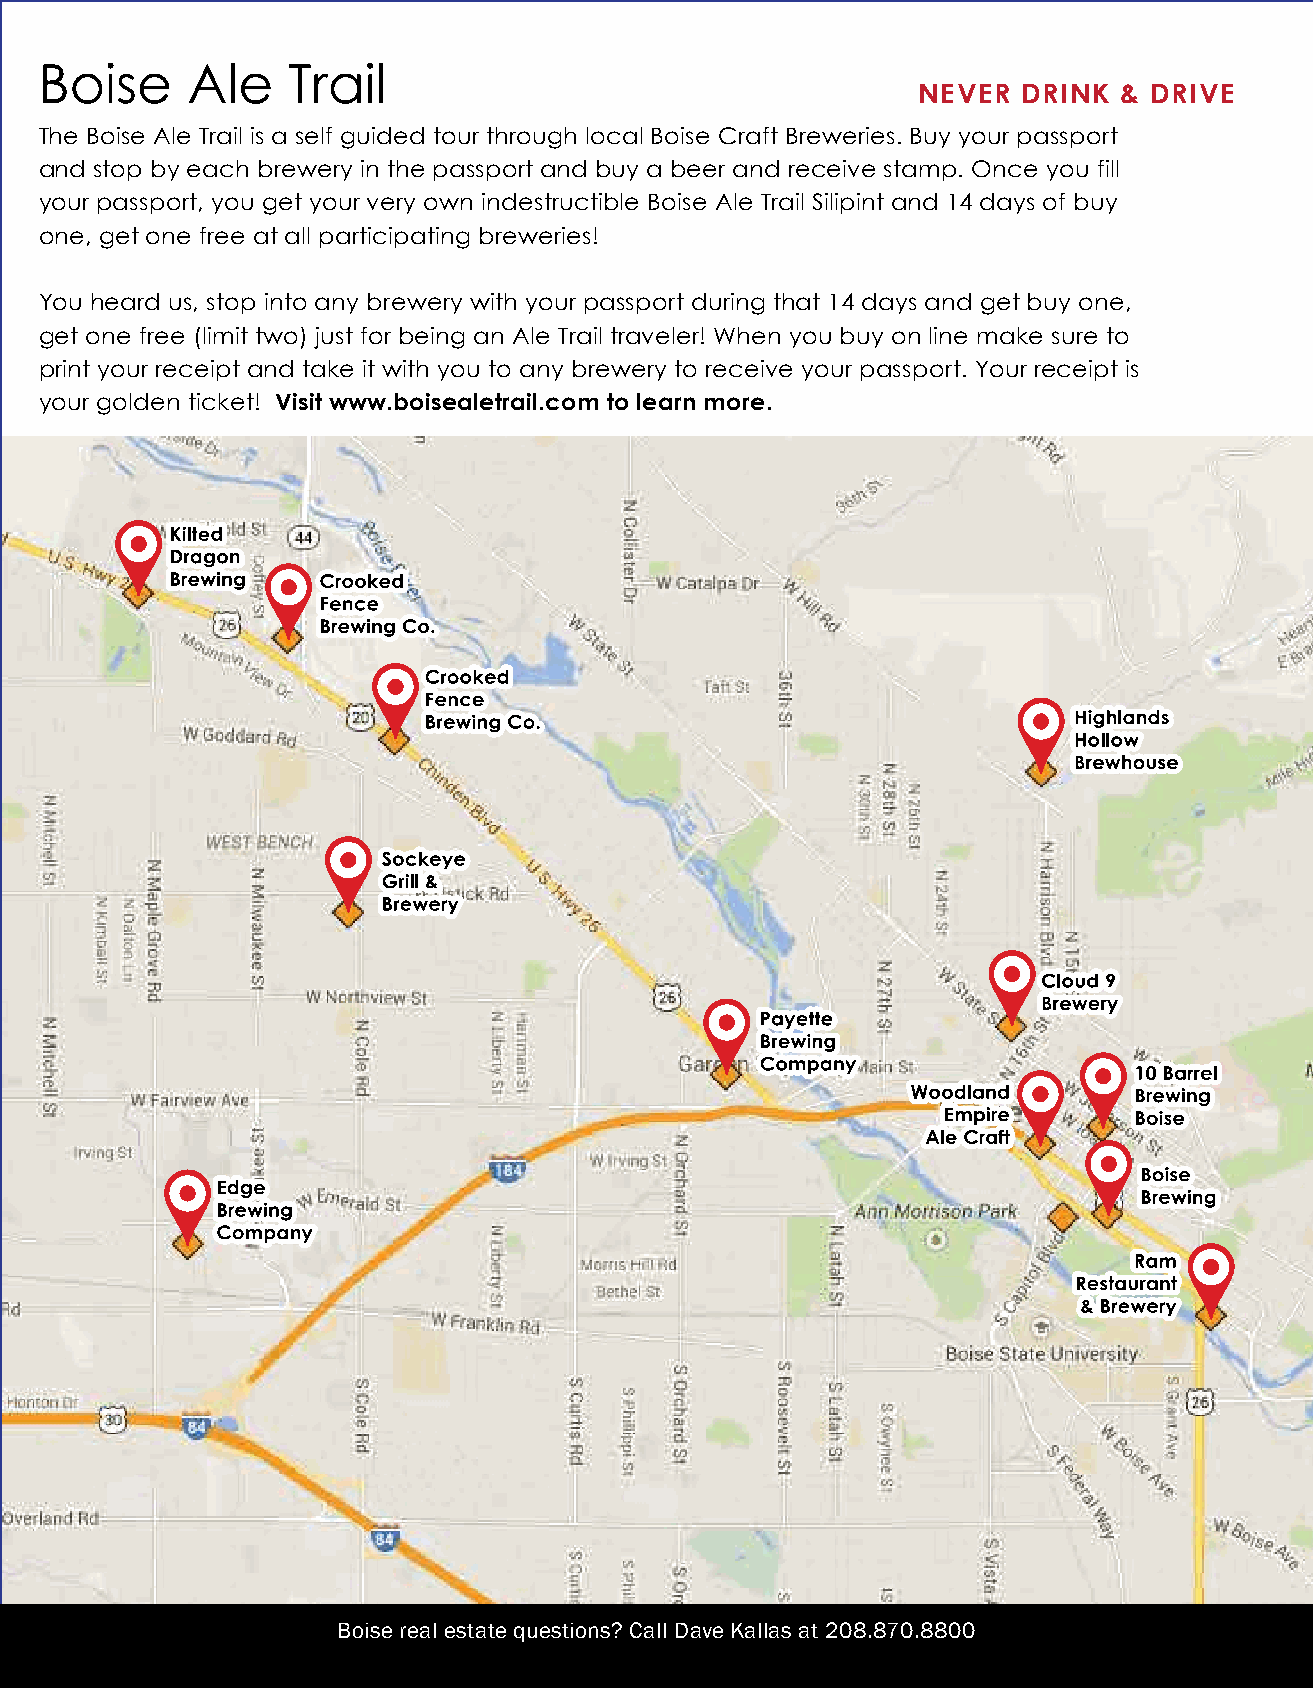
Boise    Ale    Trail
 NEVER  DRINK & DRIVE
 The Boise Ale Trail is a self guided tour through local Boise Craft Breweries. Buy your passport
 and stop by each brewery in the passport and buy a beer and receive stamp. Once you fill
 your passport, you get your very own indestructible Boise Ale Trail Silipint and 14 days of buy
 one, get one free at all participating breweries!
 You heard us, stop into any brewery with your passport during that 14 days and get buy one,
 get one free (limit two) just for being an Ale Trail traveler! When you buy on line make sure to
 print your receipt and take it with you to any brewery to receive your passport. Your receipt is
 your golden ticket! Visit www.boisealetrail.com to learn more.
 Boise real estate questions? Call Dave Kallas at 208.870.8800